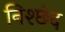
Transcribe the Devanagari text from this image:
निश्छंद